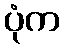
ပုံက